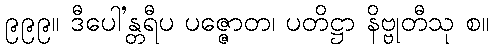
၉၉၉။ ဒီပေါ’န္တရီပ ပဇ္ဇောတ၊ ပတိဋ္ဌာ နိဗ္ဗုတီသု စ။